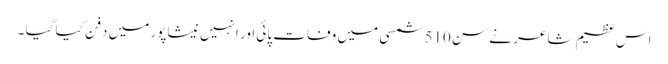
اس عظیم شاعر نے سن 510 شمسی میں وفات پائی اور انہیں نیشاپور میں دفن کیا گیا ۔